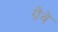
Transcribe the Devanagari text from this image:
ग्रैवे